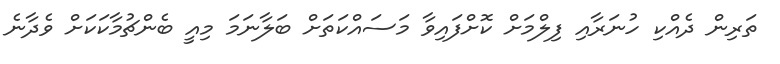
ތަރިން ދެއްކި ހުނަރާއި ފިލްމަށް ކޮށްފައިވާ މަސައްކަތަށް ބަލާނަމަ މިއީ ބެންޗުމާކަކަށް ވެދާނެ